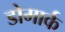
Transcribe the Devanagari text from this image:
डोमार्क